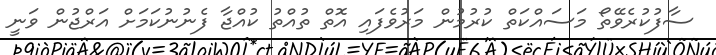
ސާފުކުރެވޭތޯ މަސައްކަތް ކުރުމުން މަރުވެފައި އޮތް ތުއްތު ކުއްޖާ ފެނުނުކަމަށް އަރްޖުން ވަނީ